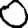
Digit: 0